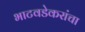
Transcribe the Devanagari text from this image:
भाटवडेकरांचा